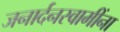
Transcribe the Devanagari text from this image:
जनार्दनस्वामींना